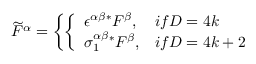
\widetilde F ^ { \alpha } = \left\{ \left\{ \begin{array} { l l } { { \epsilon ^ { \alpha \beta } \mathrm { } ^ { * } F ^ { \beta } , } } & { { i f D = 4 k } } \\ { { \sigma _ { 1 } ^ { \alpha \beta } \mathrm { } ^ { * } F ^ { \beta } , } } & { { i f D = 4 k + 2 } } \end{array} \right. \right.